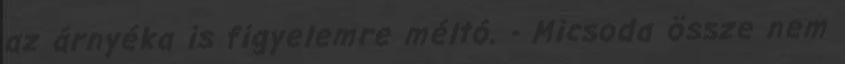
az árnyéka is figyelemre méltó. - Micsoda össze nem